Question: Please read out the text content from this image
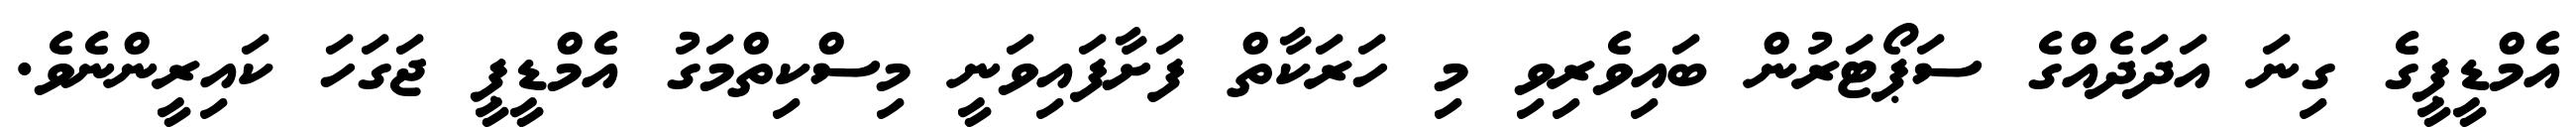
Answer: އެމްޑީޕީގެ ގިނަ އަދަދެއްގެ ސަޕޯޓަރުން ބައިވެރިވި މި ހަރަކާތް ފަށާފައިވަނީ މިސްކިތްމަގު އެމްޑީޕީ ޖަގަހަ ކައިރީންނެވެ.